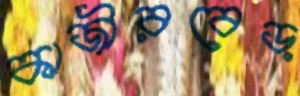
কাজীরবেড়